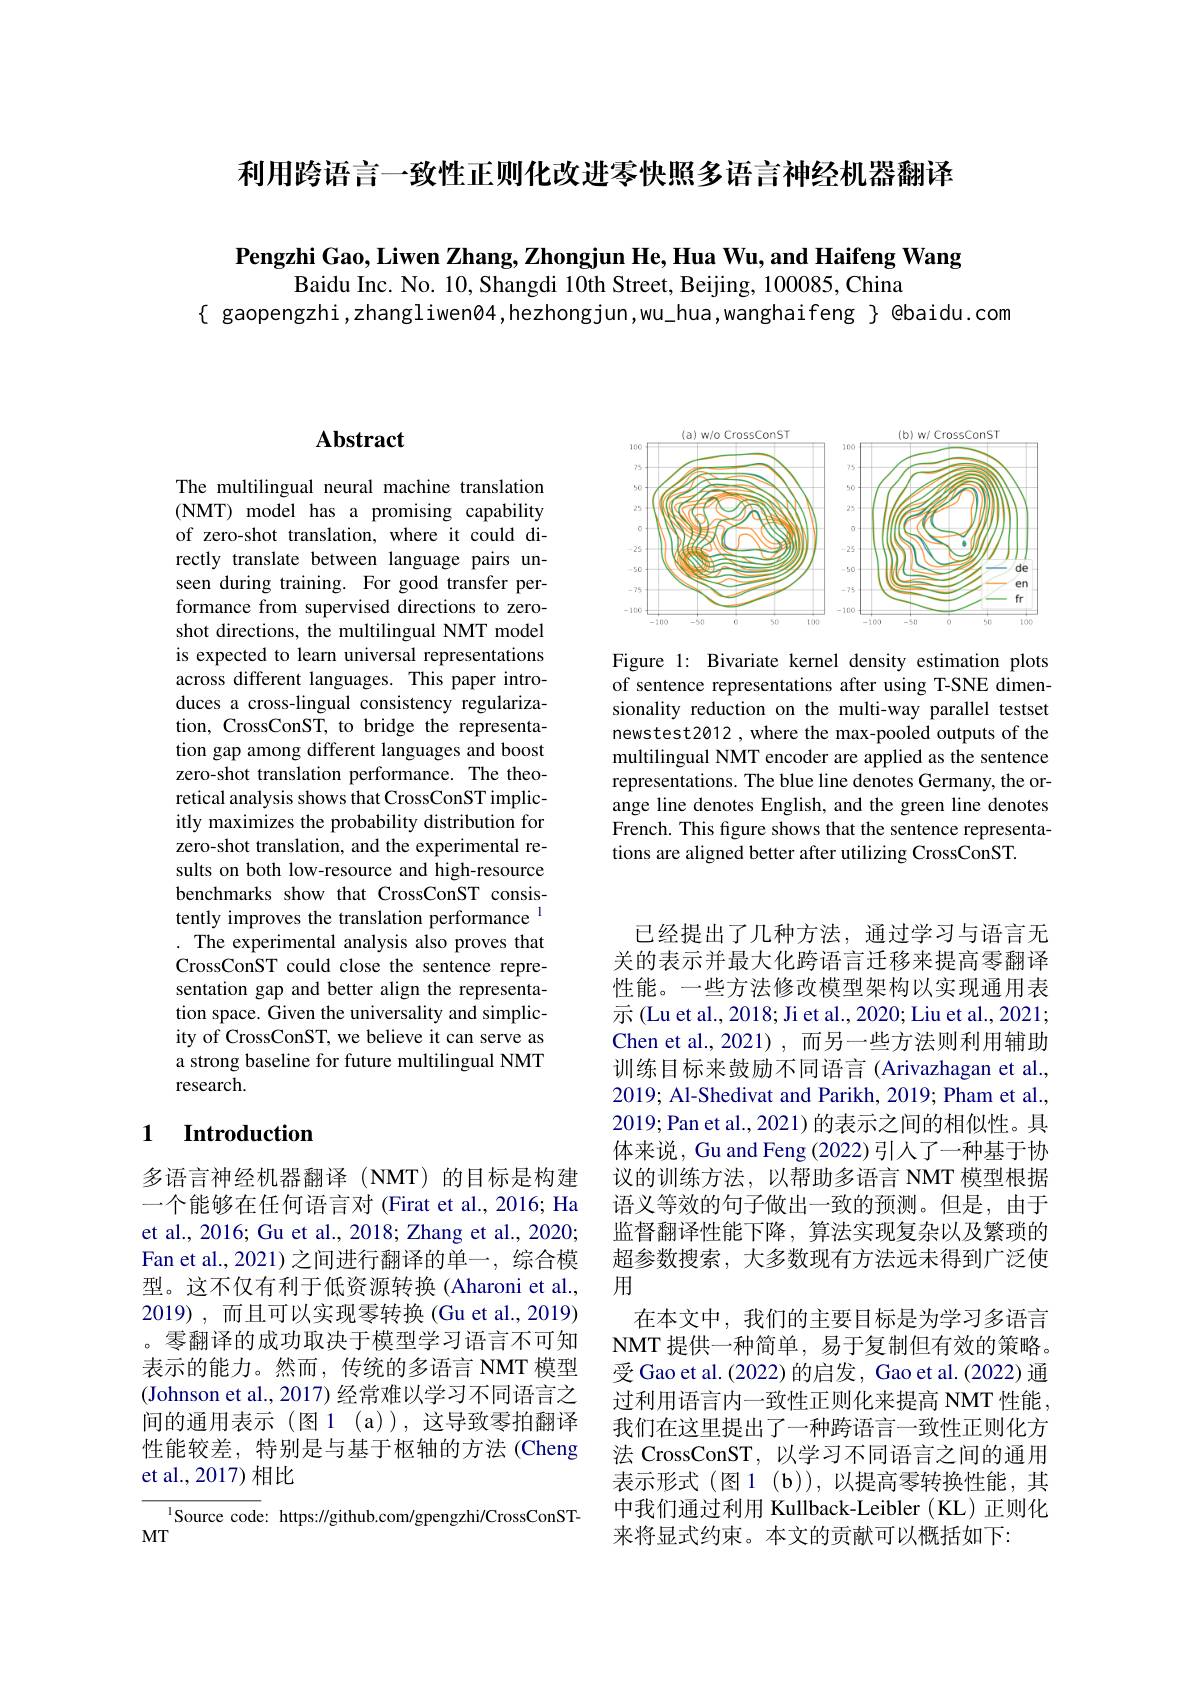
利用跨语言一致性正则化改进零快照多语言神经机器翻译

$\textbf{Pengzhi Gao, Liwen Zhang, Zhongjun He, Hua Wu, and Haifeng Wang}$
Baidu Inc. No. 10, Shangdi 10th Street, Beijing, 100085, China
$\{$ gaopengzhi,zhangliwen$\emptyset4$,hezhongjun,wu\_hua,wanghaifeng $\}$ @baidu.com

<FigureHere>

Figure 1: Bivariate kernel density estimation plots of sentence representations after using T-SNE dimensionality reduction on the multi-way parallel testset newstest2012 , where the max-pooled outputs of the multilingual NMT encoder are applied as the sentence representations. The blue line denotes Germany, the orange line denotes English, and the green line denotes French. This figure shows that the sentence representations are aligned better after utilizing CrossConST.

# Abstract

The multilingual neural machine translation (NMT)model has a promising capability of zero-shot translation, where it could directly translate between language pairs unseen during training. For good transfer performance from supervised directions to zeroshot directions, the multilingual NMT model is expected to learn universal representations across different languages. This paper introduces a cross-lingual consistency regularization, CrossConST, to bridge the representation gap among different languages and boost zero-shot translation performance. The theoretical analysis shows that CrossConST implicitly maximizes the probability distribution for zero-shot translation, and the experimental results on both low-resource and high-resource benchmarks show that CrossConST consistently improves the translation performance $^{1}$ . The experimental analysis also proves that CrossConST could close the sentence representation gap and better align the representation space. Given the universality and simplicity of CrossConST, we believe it can serve as a strong baseline for future multilingual NMT research.

### 1 $\textbf{Introduction}$

多语言神经机器翻译(NMT)的目标是构建一个能够在任何语言对 (Firat et al., 2016; Ha et al., 2016; Gu et al., 2018; Zhang et al., 2020; Fan et al.,2021)之间进行翻译的单一，综合模型。这不仅有利于低资源转换(Aharoni et al., 2019),而且可以实现零转换(Gu et al.,2019) 。零翻译的成功取决于模型学习语言不可知表示的能力。然而，传统的多语言 NMT 模型(Johnson et al., 2017) 经常难以学习不同语言之间的通用表示(图1(a)),这导致零拍翻译性能较差，特别是与基于枢轴的方法(Cheng et al.,2017)相比

$^{1}$Source code: https://github.com/gpengzhi/CrossConST-
MT

已经提出了几种方法，通过学习与语言无关的表示并最大化跨语言迁移来提高零翻译性能。一些方法修改模型架构以实现通用表示 (Lu et al., 2018; Ji et al., 2020; Liu et al., 2021; Chen et al.,2021),而另一些方法则利用辅助训练目标来鼓励不同语言(Arivazhagan et al., 2019; Al-Shedivat and Parikh, 2019; Pham et al., 2019;Pan et al., 2021) 的表示之间的相似性。具体来说，Gu and Feng (2022)引人了一种基于协议的训练方法，以帮助多语言 NMT 模型根据语义等效的句子做出一致的预测。但是，由于监督翻译性能下降，算法实现复杂以及繁琐的超参数搜索，大多数现有方法远未得到广泛使用
在本文中，我们的主要目标是为学习多语言NMT 提供一种简单，易于复制但有效的策略。受 Gao et al. (2022) 的启发，Gao et al. (2022) 通过利用语言内一致性正则化来提高 NMT 性能我们在这里提出了一种跨语言一致性正则化方法 CrossConST,以学习不同语言之间的通用表示形式(图1(b)),以提高零转换性能，其中我们通过利用 Kullback-Leibler (KL)正则化来将显式约束。本文的贡献可以概括如下：